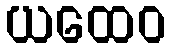
ယထေဝ